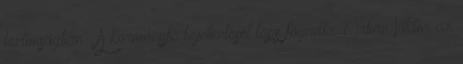
biztonságban". A kormányfő bejelentését taps fogadta. Orbán Viktor az